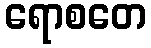
ရောစတေ